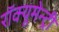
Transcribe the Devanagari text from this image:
रॉक्यूमेन्ट्री